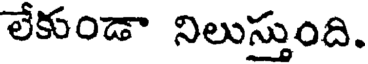
లేకుండా నిలుస్తుంది.